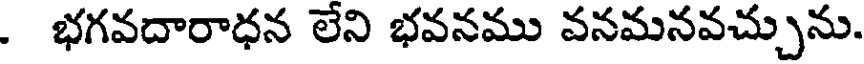
. భగవదారాధన లేని భవనము వనమనవచ్చును.